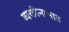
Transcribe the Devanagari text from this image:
व्यक्तीनामात